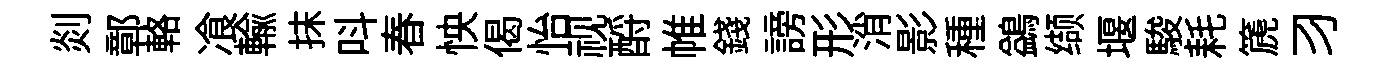
剡鄣輅飡輸抹呌春怏偈怡视酹帷錢謗形消影種鷁缬堰駿耗篪习